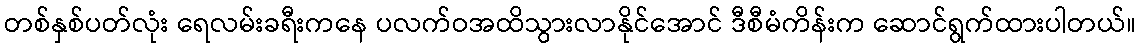
တစ်နှစ်ပတ်လုံး ရေလမ်းခရီးကနေ ပလက်ဝအထိသွားလာနိုင်အောင် ဒီစီမံကိန်းက ဆောင်ရွက်ထားပါတယ်။